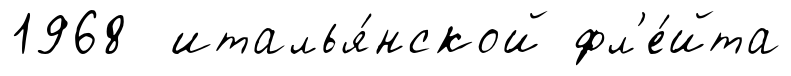
1968 италья́нской фл'е́йта